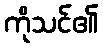
ကိုသင်၏